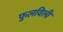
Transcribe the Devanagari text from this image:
फुलविली